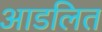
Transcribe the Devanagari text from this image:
आडलित